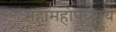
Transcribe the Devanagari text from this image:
महामहोपध्याय